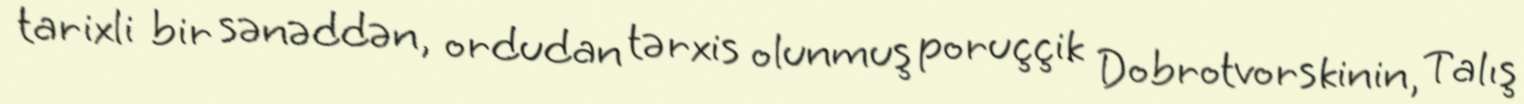
tarixli bir sənəddən, ordudan tərxis olunmuş poruççik Dobrotvorskinin, Talış